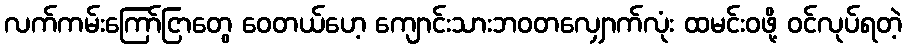
လက်ကမ်းကြော်ငြာတွေ ဝေတယ်ဟေ့ ကျောင်းသားဘဝတလျှောက်လုံး ထမင်းဝဖို့ ဝင်လုပ်ရတဲ့